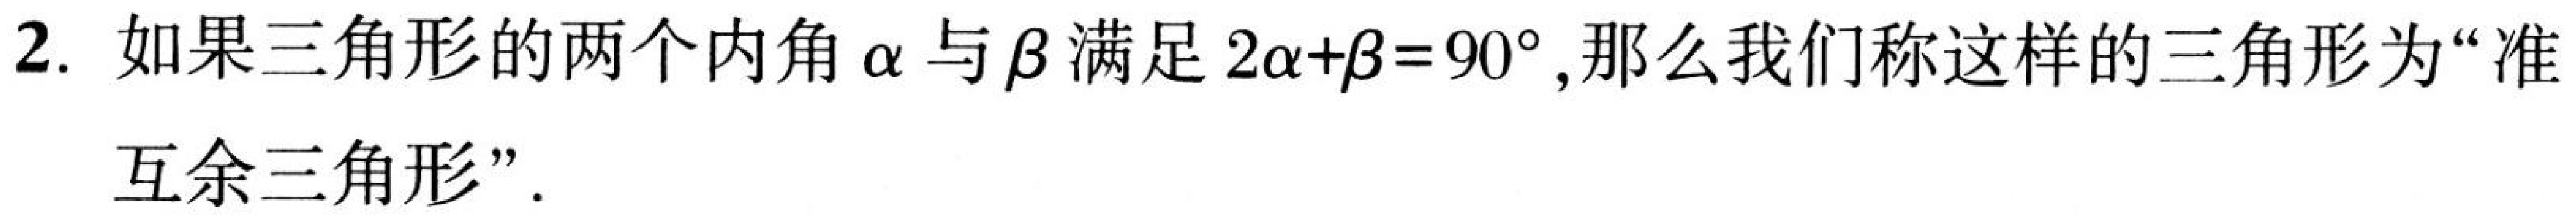
2. 如果三角形的两个内角$\alpha$与$\beta$满足$2\alpha+\beta = 90^{\circ}$,那么我们称这样的三角形为“准
互余三角形”.